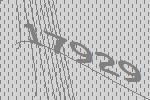
17929